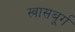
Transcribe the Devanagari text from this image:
स्त्रासबूर्ग